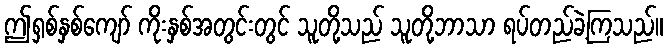
ဤရှစ်နှစ်ကျော် ကိုးနှစ်အတွင်းတွင် သူတို့သည် သူတို့ဘာသာ ရပ်တည်ခဲ့ကြသည်။